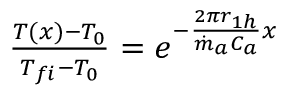
\begin{array} { r } { \frac { T ( x ) - T _ { 0 } } { T _ { f i } - T _ { 0 } } = e ^ { - \frac { 2 { \pi r } _ { 1 h } } { { \dot { m } } _ { a } C _ { a } } x } } \end{array}